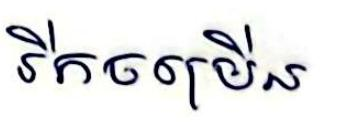
រីកចម្រើន